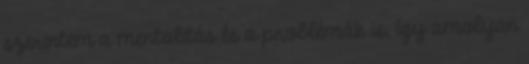
szerintem a mentalitás és a problémák is, így amolyan